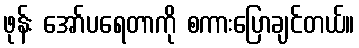
ဖုန်း အော်ပရေတာကို စကားပြောချင်တယ်။